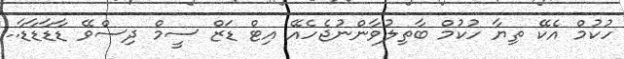
ހުކުމް އެކޭ ތިޔާ ހުކުމް ބާތިލުވާންނުޖެހެއޭ އިޓް ޑަޒް ސީމް ދިސްވޭ ޑާޑާޑާޑާ..